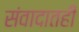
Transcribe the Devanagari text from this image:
संवादातही